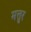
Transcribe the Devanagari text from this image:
मत्तुर